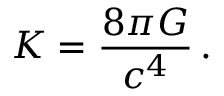
K = { \frac { 8 \pi G } { c ^ { 4 } } } \, .